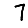
Digit: 7